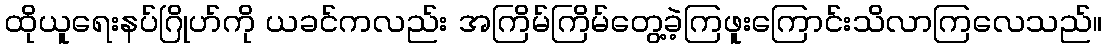
ထိုယူရေးနပ်ဂြိုဟ်ကို ယခင်ကလည်း အကြိမ်ကြိမ်တွေ့ခဲ့ကြဖူးကြောင်းသိလာကြလေသည်။